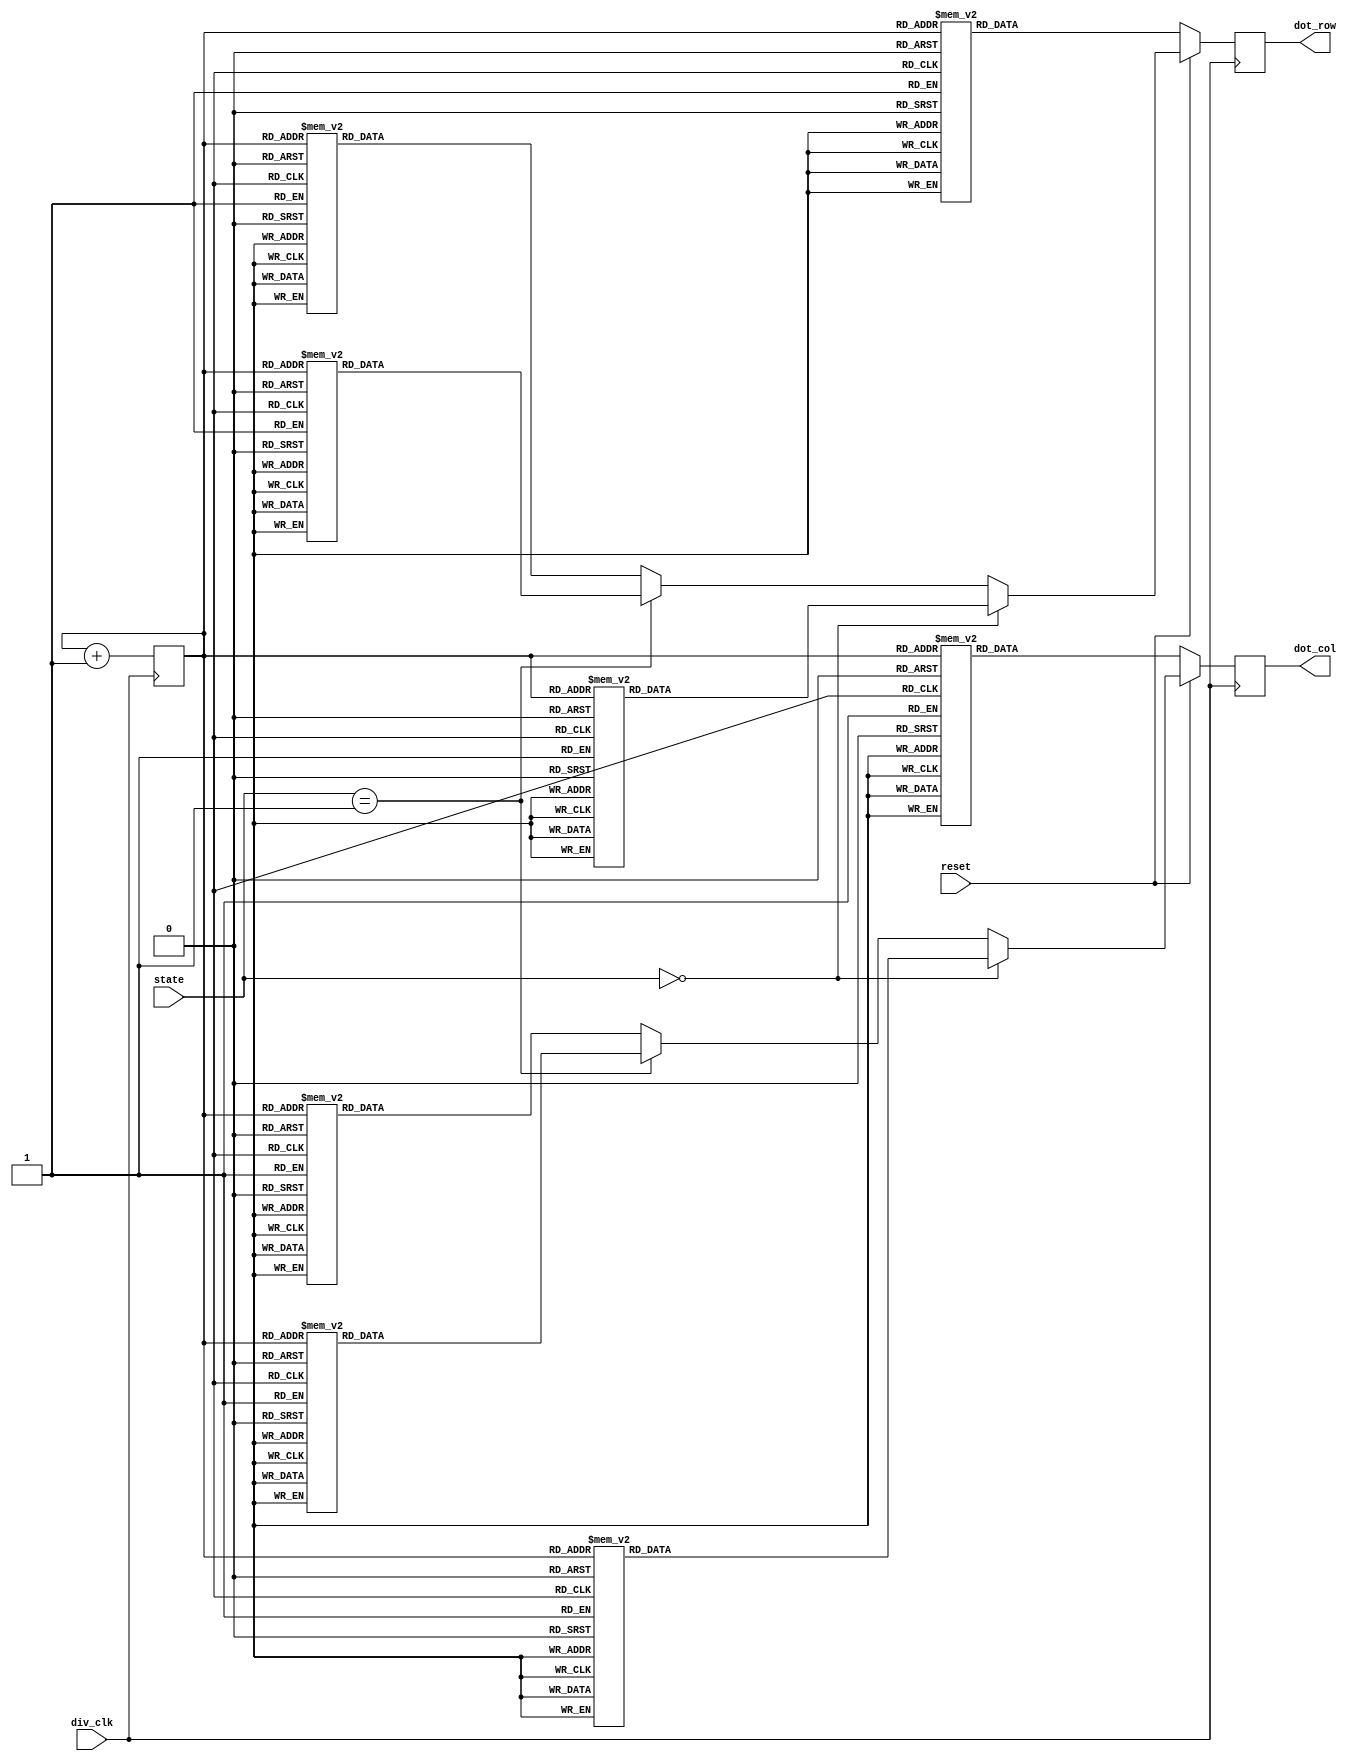
module dot_diaplay(state, div_clk, reset, dot_row, dot_col);

input div_clk, reset;
input [1:0] state;
output reg [7:0] dot_row, dot_col;
reg [2:0] row_count;

always @(posedge div_clk) begin
    if(~reset)
	 begin
		row_count <= row_count + 1;
		case(row_count)
			 3'd0: dot_row <= 8'b01111111;
			 3'd1: dot_row <= 8'b10111111;
			 3'd2: dot_row <= 8'b11011111;
			 3'd3: dot_row <= 8'b11101111;
			 3'd4: dot_row <= 8'b11110111;
			 3'd5: dot_row <= 8'b11111011;
			 3'd6: dot_row <= 8'b11111101;
			 3'd7: dot_row <= 8'b11111110;
		endcase
		case(row_count)
			 3'd0: dot_col <= 8'b00001100;
			 3'd1: dot_col <= 8'b00001100;
			 3'd2: dot_col <= 8'b00011001;
			 3'd3: dot_col <= 8'b01111110;
			 3'd4: dot_col <= 8'b10011000;
			 3'd5: dot_col <= 8'b00011000;
			 3'd6: dot_col <= 8'b00101000;
			 3'd7: dot_col <= 8'b01001000;
		endcase
    end
    else begin
        if(state == 0)
        begin
            row_count <= row_count + 1;
            case(row_count)
                3'd0: dot_row <= 8'b01111111;
                3'd1: dot_row <= 8'b10111111;
                3'd2: dot_row <= 8'b11011111;
                3'd3: dot_row <= 8'b11101111;
                3'd4: dot_row <= 8'b11110111;
                3'd5: dot_row <= 8'b11111011;
                3'd6: dot_row <= 8'b11111101;
                3'd7: dot_row <= 8'b11111110;
            endcase
            case(row_count)
                3'd0: dot_col <= 8'b00001100;
                3'd1: dot_col <= 8'b00001100;
                3'd2: dot_col <= 8'b00011001;
                3'd3: dot_col <= 8'b01111110;
                3'd4: dot_col <= 8'b10011000;
                3'd5: dot_col <= 8'b00011000;
                3'd6: dot_col <= 8'b00101000;
                3'd7: dot_col <= 8'b01001000;
            endcase
        end
        else if(state == 1)
        begin
            row_count <= row_count + 1;
            case(row_count)
                3'd0: dot_row <= 8'b01111111;
                3'd1: dot_row <= 8'b10111111;
                3'd2: dot_row <= 8'b11011111;
                3'd3: dot_row <= 8'b11101111;
                3'd4: dot_row <= 8'b11110111;
                3'd5: dot_row <= 8'b11111011;
                3'd6: dot_row <= 8'b11111101;
                3'd7: dot_row <= 8'b11111110;
            endcase
            case(row_count)
                3'd0: dot_col <= 8'b00000000;
                3'd1: dot_col <= 8'b00100100;
                3'd2: dot_col <= 8'b00111100;
                3'd3: dot_col <= 8'b10111101;
                3'd4: dot_col <= 8'b11111111;
                3'd5: dot_col <= 8'b00111100;
                3'd6: dot_col <= 8'b00111100;
                3'd7: dot_col <= 8'b00000000;
            endcase
        end
        else
        begin
            row_count <= row_count + 1;
            case(row_count)
                3'd0: dot_row <= 8'b01111111;
                3'd1: dot_row <= 8'b10111111;
                3'd2: dot_row <= 8'b11011111;
                3'd3: dot_row <= 8'b11101111;
                3'd4: dot_row <= 8'b11110111;
                3'd5: dot_row <= 8'b11111011;
                3'd6: dot_row <= 8'b11111101;
                3'd7: dot_row <= 8'b11111110;
            endcase
            case(row_count)
                3'd0: dot_col <= 8'b00011000;
                3'd1: dot_col <= 8'b00011000;
                3'd2: dot_col <= 8'b00111100;
                3'd3: dot_col <= 8'b00111100;
                3'd4: dot_col <= 8'b01011010;
                3'd5: dot_col <= 8'b00011000;
                3'd6: dot_col <= 8'b00011000;
                3'd7: dot_col <= 8'b00100100;
            endcase
        end
    end
end

endmodule